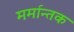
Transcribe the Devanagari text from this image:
मर्मान्तक